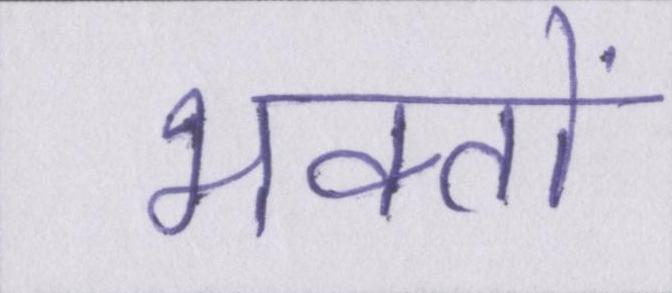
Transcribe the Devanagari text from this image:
भक्तों